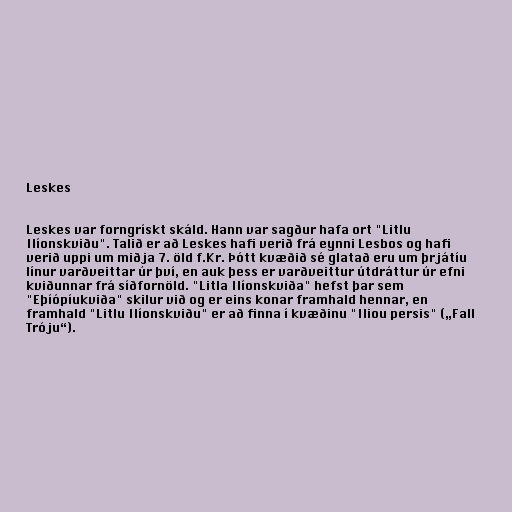
Leskes

Leskes var forngrískt skáld. Hann var sagður hafa ort "Litlu
Ilíonskviðu". Talið er að Leskes hafi verið frá eynni Lesbos og hafi
verið uppi um miðja 7. öld f.Kr. Þótt kvæðið sé glatað eru um þrjátíu
línur varðveittar úr því, en auk þess er varðveittur útdráttur úr efni
kviðunnar frá síðfornöld. "Litla Ilíonskviða" hefst þar sem
"Eþíópíukviða" skilur við og er eins konar framhald hennar, en
framhald "Litlu Ilíonskviðu" er að finna í kvæðinu "Iliou persis" („Fall
Tróju“).